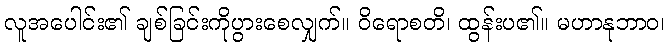
လူအပေါင်း၏ ချစ်ခြင်းကိုပွားစေလျှက်။ ဝိရောစတိ၊ ထွန်းပ၏။ မဟာနုဘာဝ၊